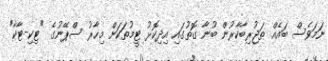
ނަމަވެސް ބައެއް ތަޖުރިބާކާރުން ބުނާ ގޮތުގައި އިދިކޮޅު ޓީމުތަކަށް މިހާރު ސްޕޭނުގެ "ޓިކި-ޓާކާ"